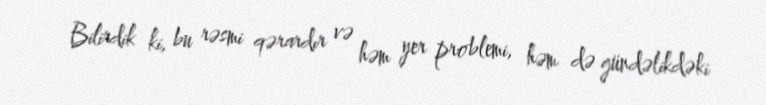
Bilirdik ki, bu rəsmi qərardır və həm yer problemi, həm də gündəlikdəki